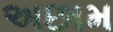
અછામ